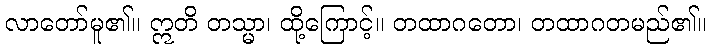
လာတော်မူ၏။ ဣတိ တသ္မာ၊ ထို့ကြောင့်။ တထာဂတော၊ တထာဂတမည်၏။